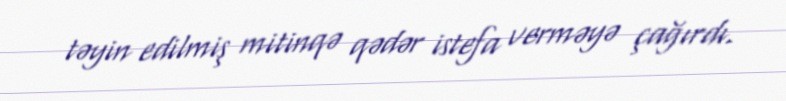
təyin edilmiş mitinqə qədər istefa verməyə çağırdı.